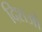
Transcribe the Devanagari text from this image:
दिशओ